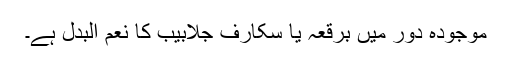
موجودہ دور میں برقعہ یا سکارف جلابیب کا نعم البدل ہے۔